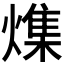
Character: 𪹯